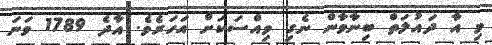
މި އާ ދައުލަތް ބިނާވާން ނެގި ވިއްސަކަށް އަހަރެވެ. އާދެ 1789 ވަނަ